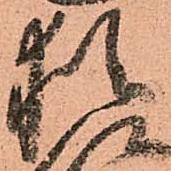
猶